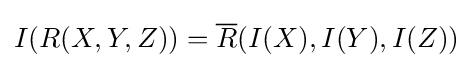
I(R(X,Y,Z))={\overline {R}}(I(X),I(Y),I(Z))